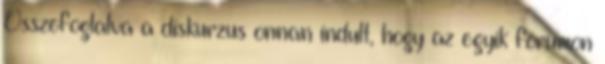
Összefoglalva a diskurzus onnan indult, hogy az egyik fórumon